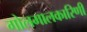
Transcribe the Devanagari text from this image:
गोलमालकारिणी